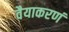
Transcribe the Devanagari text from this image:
वैयाकरणं